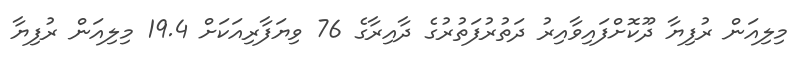
މިލިއަން ރުފިޔާ ދޫކޮށްފައިވާއިރު ދަތުރުފަތުރުގެ ދާއިރާގެ 76 ވިޔަފާރިއަކަށް 19.4 މިލިއަން ރުފިޔާ